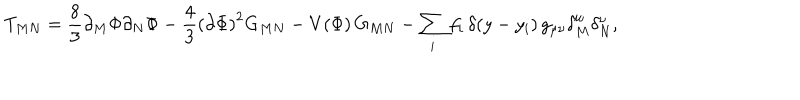
T _ { M N } = \frac { 8 } { 3 } \partial _ { M } \Phi \partial _ { N } \Phi - \frac { 4 } { 3 } \left( \partial \Phi \right) ^ { 2 } G _ { M N } - V \! \left( \Phi \right) G _ { M N } - \sum _ { i } f _ { i } \, \delta \! \left( y - y _ { i } \right) g _ { \mu \nu } \delta _ { M } ^ { \mu } \delta _ { N } ^ { \nu } ,